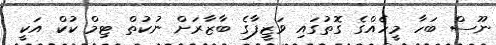
ނޫސް ބަހާ މީހެއްގެ ގޮތުގައި ވަޒީފާގެ ބާޒާރަށް ނުކުތް ޓިމް ކުކް އަކީ